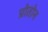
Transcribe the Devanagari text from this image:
प्रोतोन